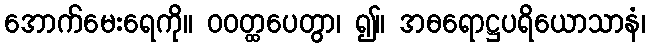
အောက်မေးရေကို။ ဝဝတ္ထပေတွာ၊ ၍။ အဓရောဋ္ဌပရိယောသာနံ၊